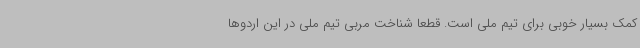
کمک بسیار خوبی برای تیم ملی است. قطعا شناخت مربی تیم ملی در این اردوها